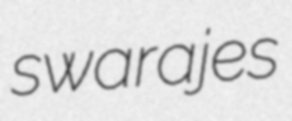
swarajes